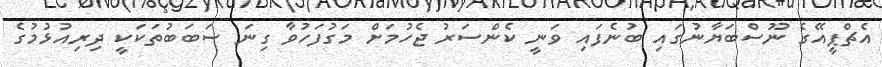
އެޗްޕީއޭގެ ނޫސްބަޔާނުގައި ބުނެފައި ވަނީ ކެންސަރު ޖެހުމަށް މަގުފަހުވާ ގިނަ ސަބަބުތަކަކީ ދިރިއުޅުމުގެ